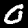
Label: 0